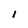
Character: 1